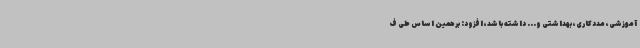
آموزشی، مددکاری، بهداشتی و... داشته باشد، افزود: برهمین اساس طی ف